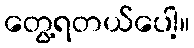
တွေ့ရတယ်ပေါ့။